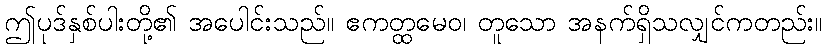
ဤပုဒ်နှစ်ပါးတို့၏ အပေါင်းသည်။ ဧကတ္ထမေဝ၊ တူသော အနက်ရှိသလျှင်ကတည်း။